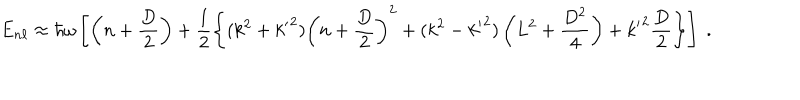
LaTeX: E _ { n \ell } \approx \hbar \omega \left[ \left( n + \frac { D } { 2 } \right) + \frac { 1 } { 2 } \left\{ ( k ^ { 2 } + { k ^ { \prime } } ^ { 2 } ) \left( n + \frac { D } { 2 } \right) ^ { 2 } + ( k ^ { 2 } - { k ^ { \prime } } ^ { 2 } ) \left( L ^ { 2 } + \frac { D ^ { 2 } } { 4 } \right) + { k ^ { \prime } } ^ { 2 } \frac { D } { 2 } \right\} \right] \; .